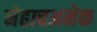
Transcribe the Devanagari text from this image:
नेहाचअनेक